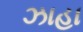
ઝાહા